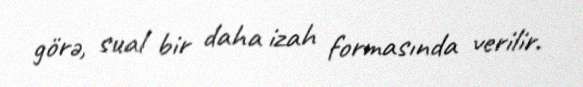
görə, sual bir daha izah formasında verilir.